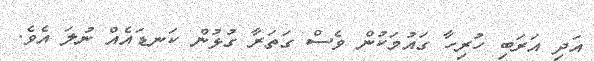
އަދި އަރަބި ހުރިހާ ގައުމަކުން ވެސް ގަތަރާ ގުޅުން ކަނޑައެއް ނުލަ އެވެ.